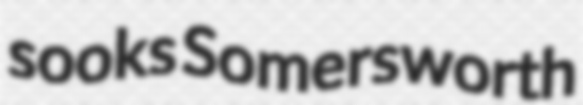
sooks Somersworth